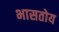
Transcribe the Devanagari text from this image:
भासतोय